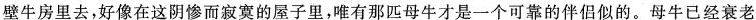
壁牛房里去，好像在这阴惨而寂寞的反子里，唯有那匹母牛才是一个可靠的伴侣似的，母牛已经衰老